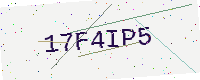
Text: 17F4IP5